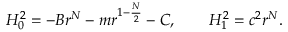
H _ { 0 } ^ { 2 } = - B r ^ { N } - m r ^ { 1 - \frac { N } { 2 } } - C , \qquad H _ { 1 } ^ { 2 } = c ^ { 2 } r ^ { N } .